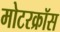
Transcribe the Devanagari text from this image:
मोटरक्रॉस